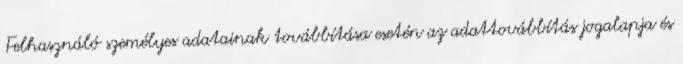
Felhasználó személyes adatainak továbbítása esetén az adattovábbítás jogalapja és